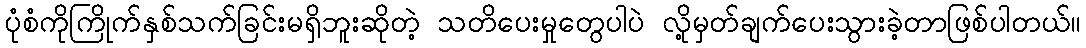
ပုံစံကိုကြိုက်နှစ်သက်ခြင်းမရှိဘူးဆိုတဲ့ သတိပေးမှုတွေပါပဲ လို့မှတ်ချက်ပေးသွားခဲ့တာဖြစ်ပါတယ်။